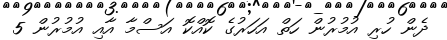
ދެން ހުރި އުމުރުން ހަތް އަހަރުގެ ކޮއްކޮ އަސްމާ އާއި އުމުރުން 5